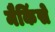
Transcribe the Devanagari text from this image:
मैकिंसे